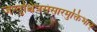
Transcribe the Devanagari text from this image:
जन्तुश्चित्रसंसारमुक्तिभाक्